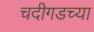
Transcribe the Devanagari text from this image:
चदीगडच्या